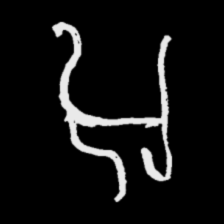
Pyu character \u2014 Myanmar letter: အ (romanized: a)